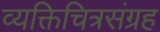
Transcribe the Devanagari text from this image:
व्यक्तिचित्रसंग्रह